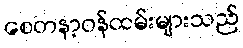
စေတနာ့ဝန်ထမ်းများသည်